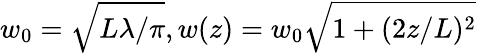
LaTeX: w_{0}=\sqrt{L\lambda/\pi},w(z)=w_{0}\sqrt{1+(2z/L)^{2}}